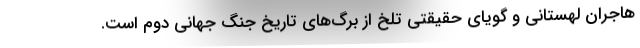
هاجران لهستانی و گویای حقیقتی تلخ از برگ‌های تاریخ جنگ جهانی دوم است.